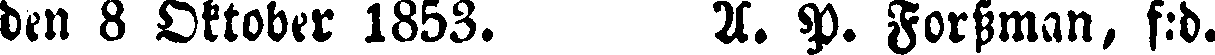
den 8 Oktober 1853. A. P. Forsman, f:d.